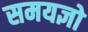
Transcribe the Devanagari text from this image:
समयज्ञो